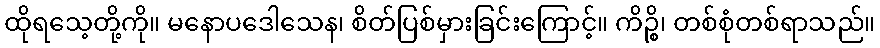
ထိုရသေ့တို့ကို။ မနောပဒေါသေန၊ စိတ်ပြစ်မှားခြင်းကြောင့်။ ကိဉ္စိ၊ တစ်စုံတစ်ရာသည်။